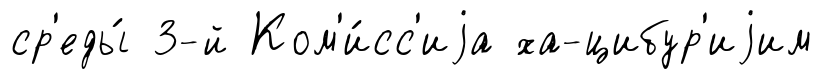
ср'еды́ 3-й Ком'и́сс'иjа ха-цибур'иjим